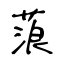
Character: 蒗